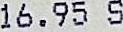
16.95 S